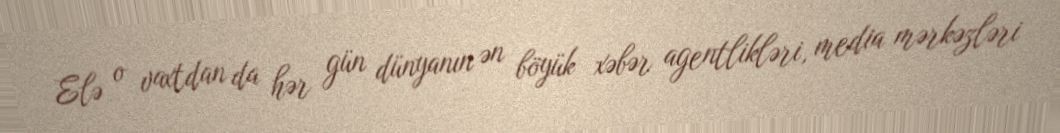
Elə o vaxtdan da hər gün dünyanın ən böyük xəbər agentlikləri, media mərkəzləri